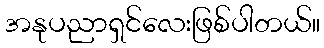
အနုပညာရှင်လေးဖြစ်ပါတယ်။